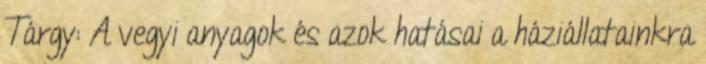
Tárgy: A vegyi anyagok és azok hatásai a háziállatainkra